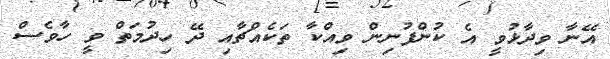
އޭނާ ވިދާޅުވީ އެ ކުންފުނިން ވިއްކާ ތަކެއްޗާއި ދޭ ހިދުމަތް ވީ ހާވެސް